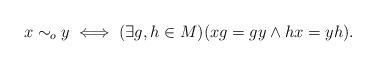
LaTeX: \begin{align*}x \sim_o y \iff (\exists g,h \in M)(xg = gy \land hx = yh).\end{align*}